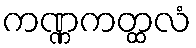
ကဏ္ဏကတ္ထလံ